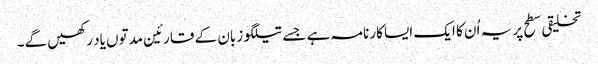
تخلیقی سطح پر یہ اُن کا ایک ایسا کارنامہ ہے جسے تیلگو زبان کے قارئین مدتوں یاد رکھیں گے۔